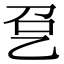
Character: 㐒